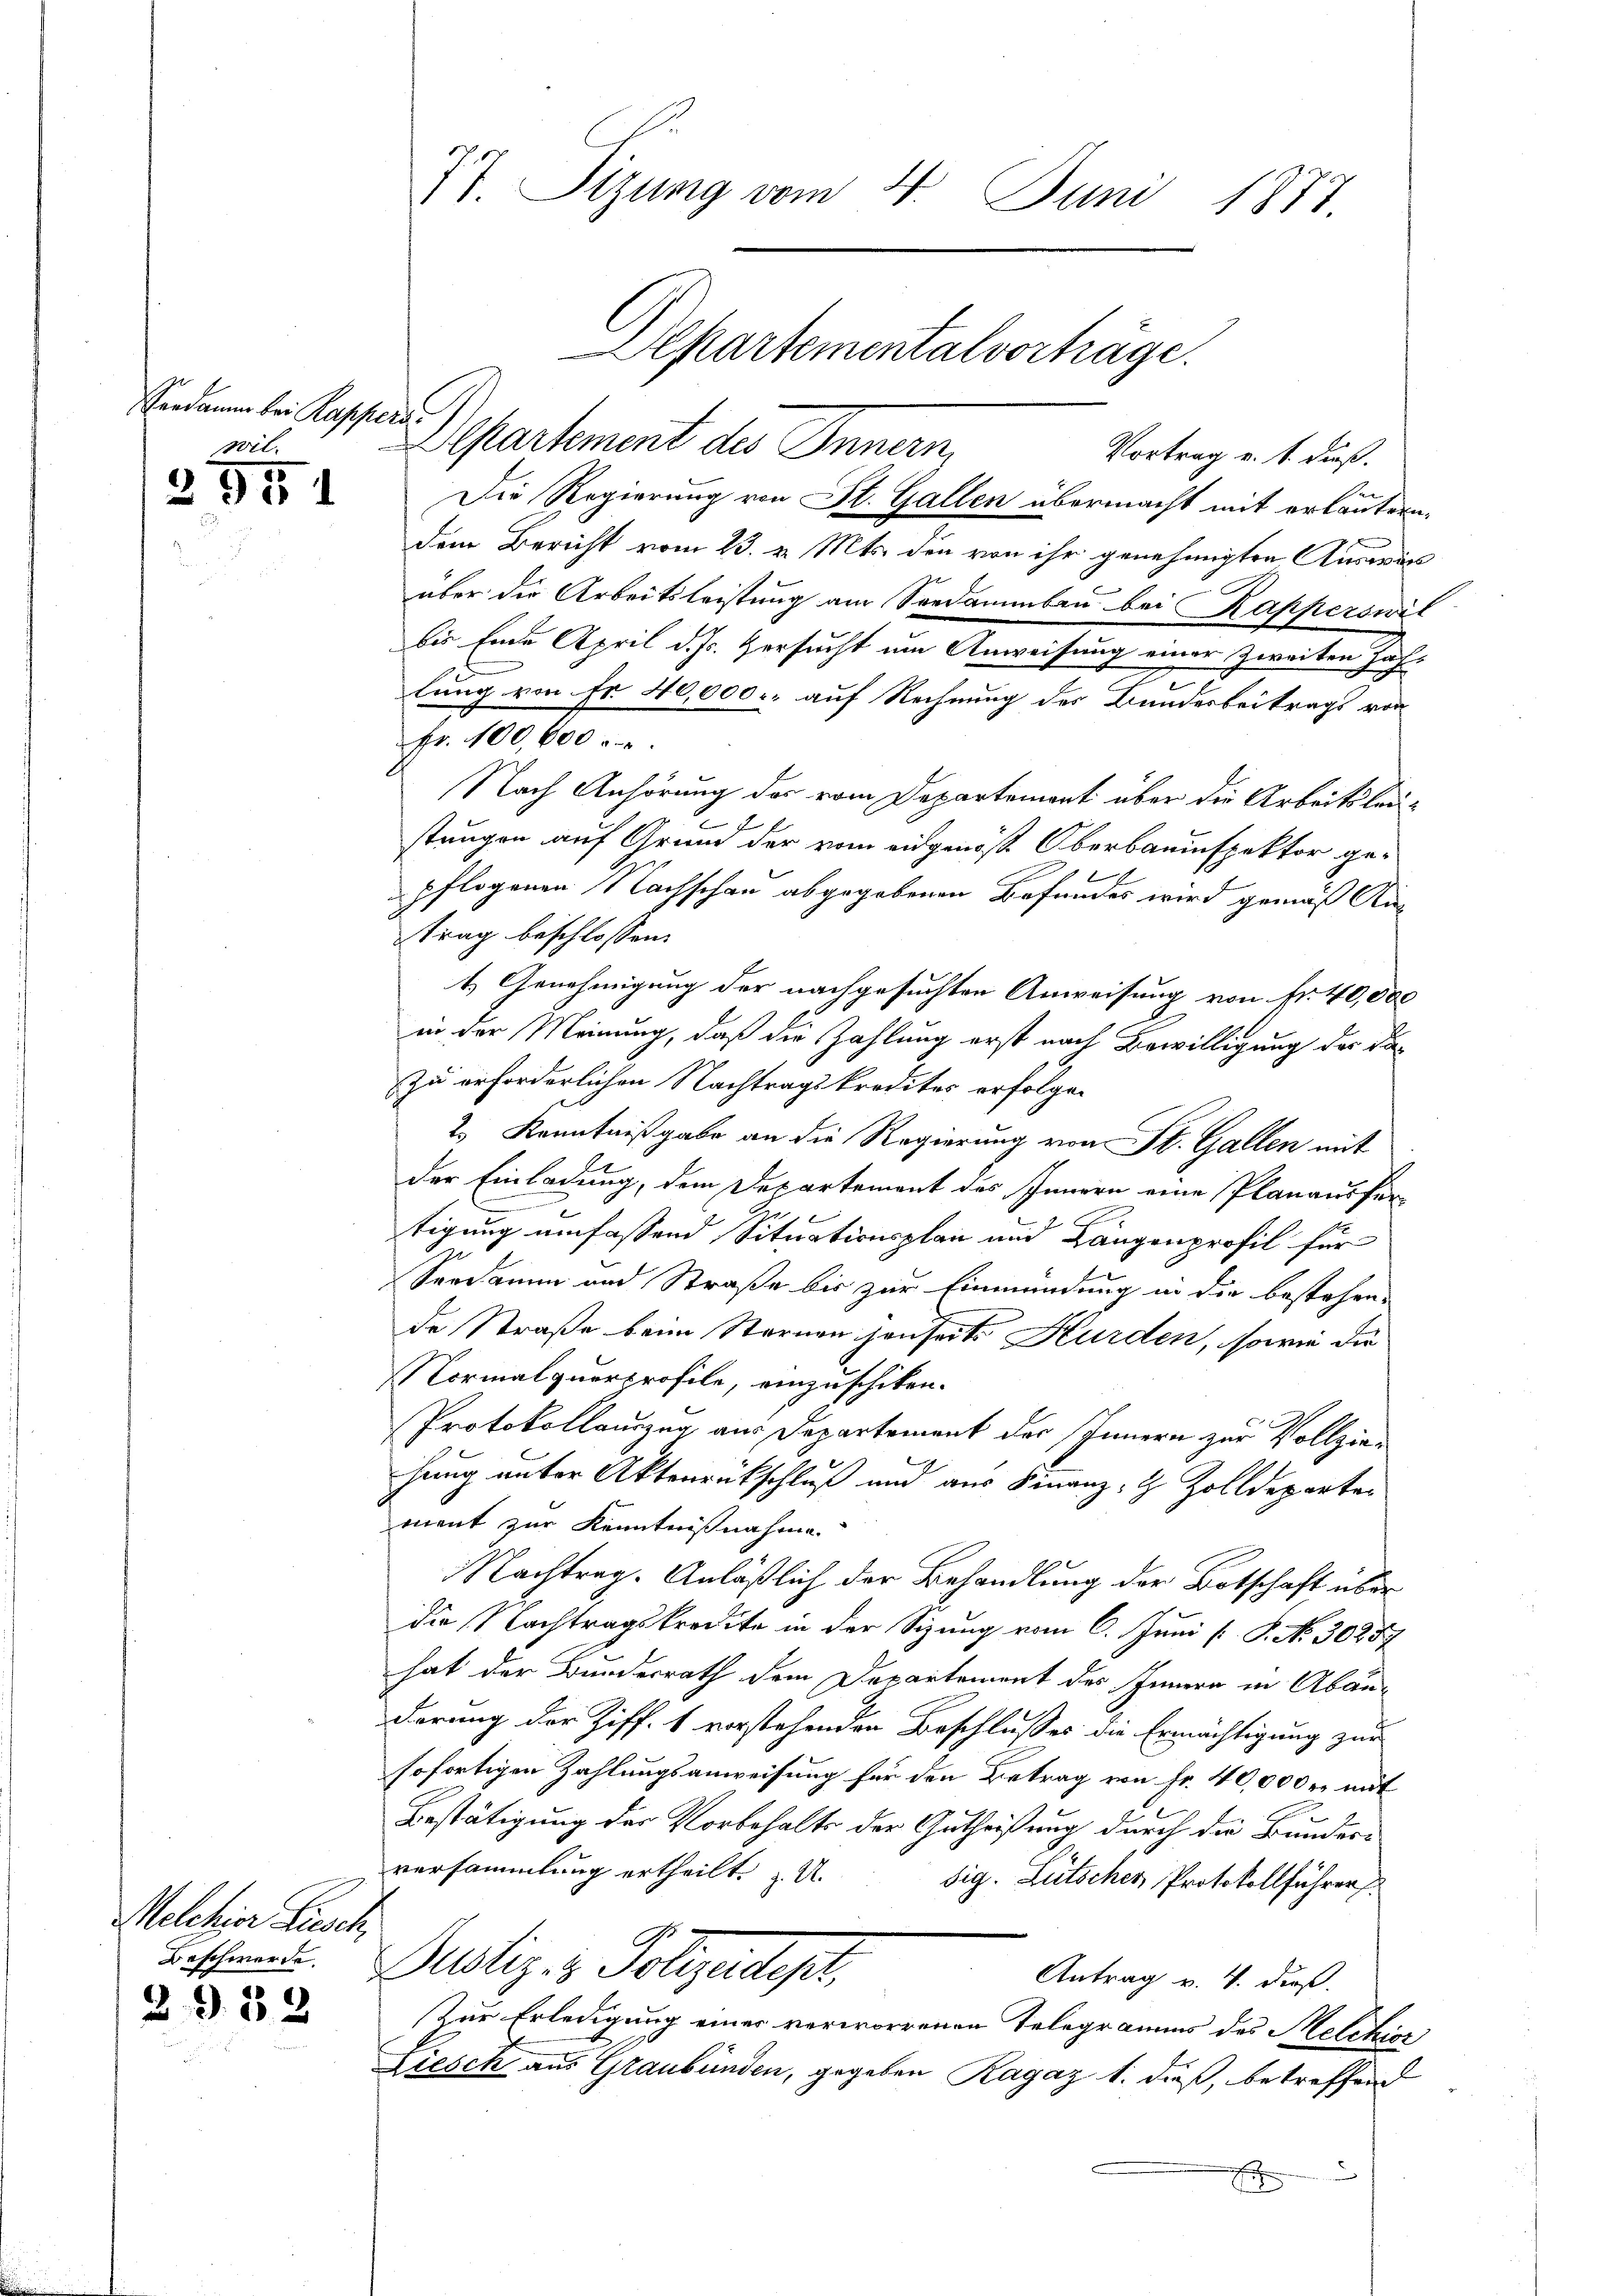
andamm bei Rappers
wil-
2951

Melchior Liesch,

2932

Departement die Innern,
Vortrag v. 1. dieß.
S
Die Regierung von St. Gallen übermacht mit ertantern,
dem Bericht vom 23. v. Mts. den von ihr genehmigten Auswär
aber die Arbeitsleistung am Sondammbau bei Kapperswil
bis Ende April d. Js. Versucht um Anweisung einer Zweiten Jahlung von Fr. 40,000. auf Rechnung des Bundesbeitrags von
fr. 100,600 u.
Nach Anhörung des vom Departement über die Arbeitsleu¬
40
stungen auf Grund der vom eidgenöß Oberbauinspektor gepflogenen Nachschau abgegebenen Befundes wird gemäß Autrag beschlossen.
1. Genehmigung der nachgesuchten Anweisung von fr. 40,000
in der Meinung, daß die Zahlung erst nach Bewilligung der dazu erforderlichen Nachtragskredites erfolgen
2.) Kenntnißgabe an die Regierung von St. Gallen mit
der Einladung, dem Departement des Innern eine Planaus für
2
b
tigung umfassend Situationsplan und Längenprofil für
Seedamen und Straße bis zur Einmündung in die bestehen.
de Straße beim Sternen jenseite Hurden, sowie die
Normalquarprofile, einzuschiken.
Protokollaunzer, aus Departement der Innern zur Vollziehung unter Aktenrückschluß und aus Finanz-Z Zolldeparten
ment zur Kenntnißnahme.
Nachtrag. Anläßlich der Behandlung der Botschaft über
die Nachtragskredite in der Sizung vom 6. Juni [ P. No. 3028
hat der Bundesrath dem Departement des Innern in Abänderung der Ziff. 1 vorstehenden Beschlusses die Ermächtigung zur
sofortigen Zahlungsanweisung für den Betrag von Fr. 40,000 r. mit
Bestätigung der Vorbehalts der Gutheißung durch die Bunderversammlung ertheilt.  U.
sig. Lütscher Protokollführer
Beschwerde. Justiz- & Polizeidest,
Antrag v. 4. dieß.
Zur Erledigung einer verworrenen Telegramms des Melchior
Liesch aus Graubünden, gegeben Ragaz 1. dieß, betreffend
E

77. Sizung vom 4. Juni 1877
Separtementalverhäge